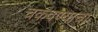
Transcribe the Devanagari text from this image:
चकवण्याचा